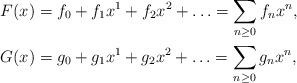
LaTeX: \begin{align*} F(x) &= f_0+f_1x^1+f_2x^2+\ldots = \sum_{n\ge 0} f_nx^n,\\ G(x) &= g_0+g_1x^1+g_2x^2+\ldots = \sum_{n\ge 0}g_nx^n,\end{align*}